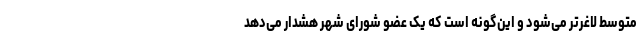
متوسط لاغرتر می‌شود و این‌گونه است که یک عضو شورای شهر هشدار می‌دهد